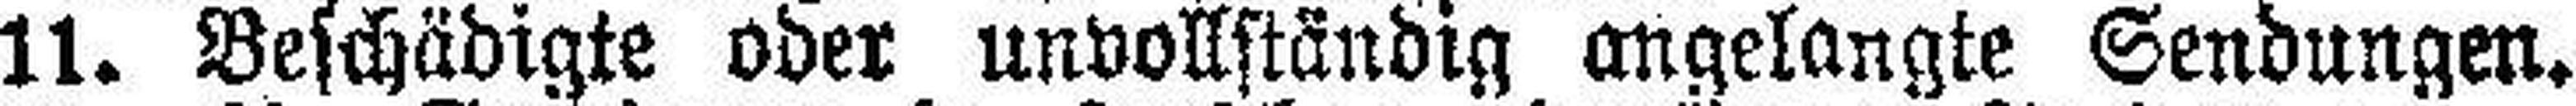
11. Beschädigte oder unvollständig angelangte Sendungen.